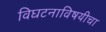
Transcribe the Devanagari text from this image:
विघटनाविषयीचा